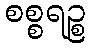
စစ္စရဉ္စ